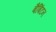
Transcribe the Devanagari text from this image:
बैबिंटन